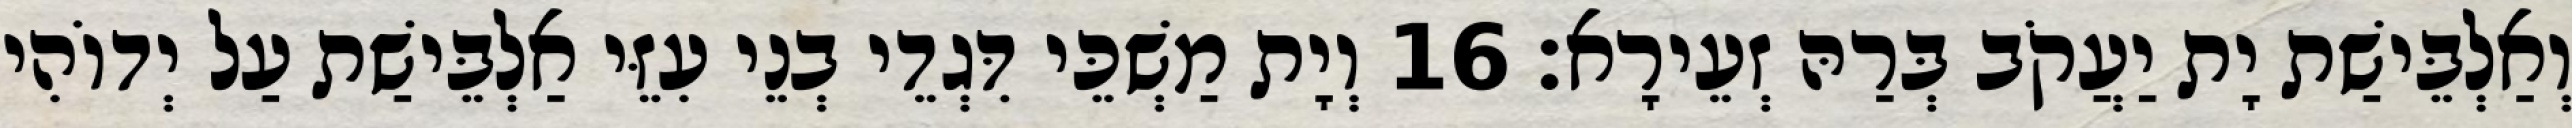
וְאַלְבֵּישַׁת יָת יַעֲקֹב בְּרַהּ זְעֵירָא׃ 16 וְיָת מַשְׁכֵּי דִּגְדֵי בְנֵי עִזֵּי אַלְבֵּישַׁת עַל יְדוֹהִי